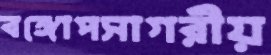
বঙ্গোপসাগরীয়